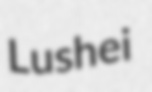
Lushei